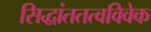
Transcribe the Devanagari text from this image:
सिद्धांततत्वविवेक